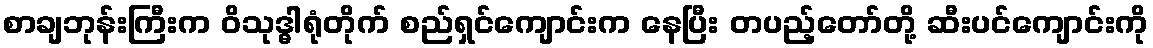
စာချဘုန်းကြီးက ဝိသုဒ္ဓါရုံတိုက် စည်ရှင်ကျောင်းက နေပြီး တပည့်တော်တို့ ဆီးပင်ကျောင်းကို